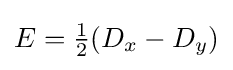
E={\tfrac {1}{2}}(D_{x}-D_{y})